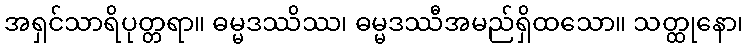
အရှင်သာရိပုတ္တရာ။ ဓမ္မဒဿိဿ၊ ဓမ္မဒဿီအမည်ရှိထသော။ သတ္ထုနော၊